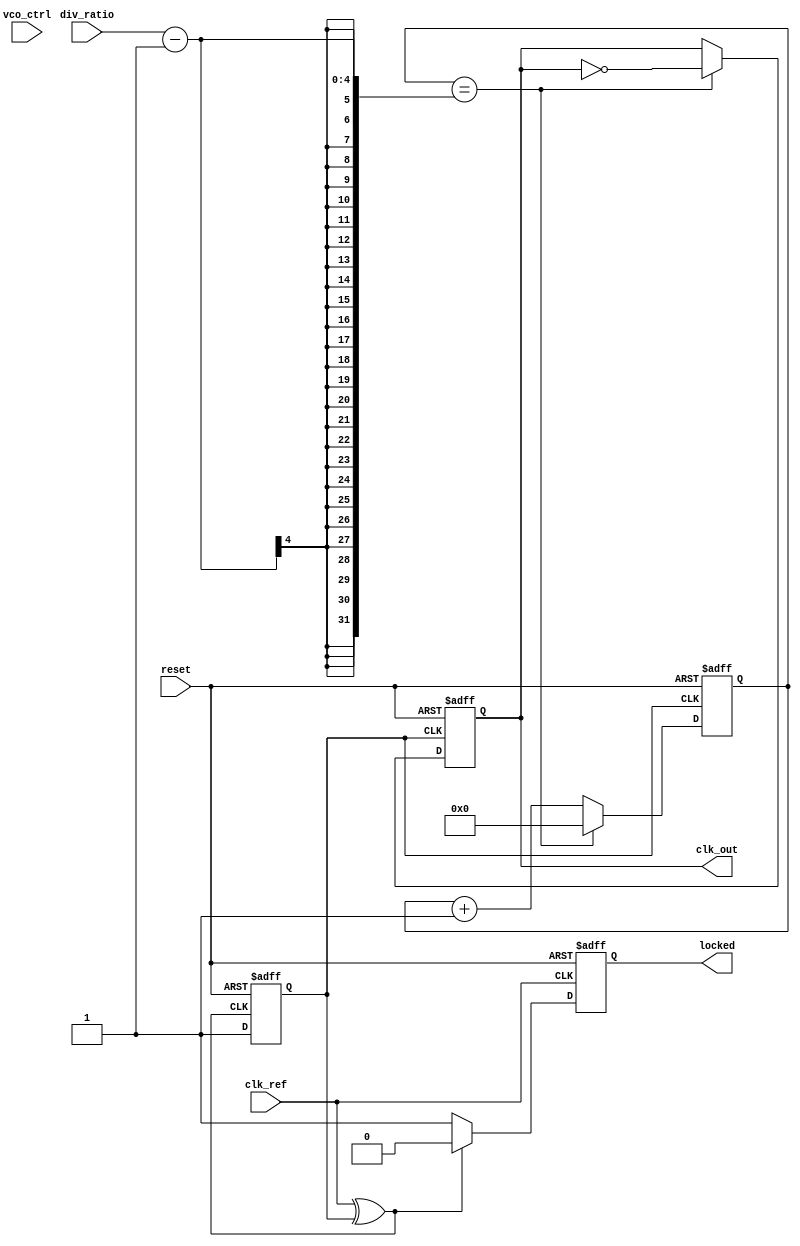
module HighPerformancePLL (
    input wire clk_ref,          // Reference clock input
    input wire reset,            // Asynchronous reset
    input wire [3:0] div_ratio,  // Division ratio for feedback divider
    input wire [7:0] vco_ctrl,    // Control voltage for VCO
    output wire clk_out,         // Output clock
    output wire locked           // Lock detection output
);

// Internal signals
wire phase_error;
wire control_voltage;
wire vco_output;
reg feedback_clk;
reg [3:0] counter;
reg locked_reg;

// Phase Detector
assign phase_error = clk_ref ^ feedback_clk; // Simple XOR phase detector

// Loop Filter (Simple 1st order for demonstration)
assign control_voltage = phase_error; // Replace with actual loop filter logic

// Voltage-Controlled Oscillator (VCO) - Simplified
always @(posedge control_voltage or posedge reset) begin
    if (reset) begin
        feedback_clk <= 0;
    end else begin
        feedback_clk <= vco_output; // VCO output toggling logic to be defined
    end
end

// Feedback Divider
always @(posedge feedback_clk or posedge reset) begin
    if (reset) begin
        counter <= 0;
        clk_out <= 0;
    end else if (counter == div_ratio - 1) begin
        clk_out <= ~clk_out; // Toggle output clock
        counter <= 0;        // Reset counter
    end else begin
        counter <= counter + 1; // Increment counter
    end
end

// Lock Detection Logic
always @(posedge clk_ref or posedge reset) begin
    if (reset) begin
        locked_reg <= 0;
    end else begin
        // Simple lock detection condition, needs refining
        if (phase_error == 0) begin
            locked_reg <= 1; // Indicating locked state
        end else begin
            locked_reg <= 0; // Not locked
        end
    end
end

assign locked = locked_reg;

endmodule